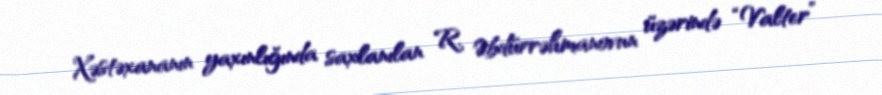
Xəstəxananın yaxınlığında saxlanılan R. Əbdürrəhmanovun üzərində “Valter”